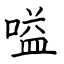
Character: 嗌